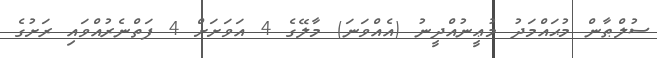
ސުލްޠާން މުޙައްމަދު މުޢީނުއްދީނު (އެއްވަނަ) މާލޭގެ 4 އަވަށަށް 4 ފަތްނެރުއްވައި ރަށުގެ